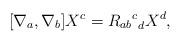
LaTeX: \begin{align*}[\nabla_a, \nabla_b]X^c={{R_{ab}}^c}_d X^d,\end{align*}